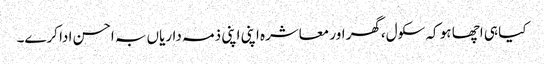
کیا ہی اچھا ہو کہ سکول،گھر اور معاشرہ اپنی اپنی ذمہ داریاں بہ احسن ادا کرے۔